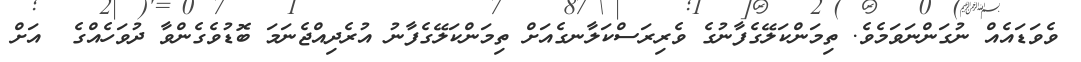
ވެވަޑައެއް ނުގަންނަވަމެވެ. ތިމަންކަލޭގެފާނުގެ ވެރިރަސްކަލާނގެއަށް ތިމަންކަލޭގެފާނު އުރެދިއްޖެނަމަ ބޮޑުވެގެންވާ ދުވަހެއްގެ  އަށް